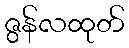
ဇွန်လထုတ်